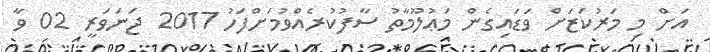
އަށް މި މަރުކަޒަށް ވަޑައިގެން މަޢުލޫމާތު ސާފުކުރެއްވުމަށްފަހު 2017 ޖަނަވަރީ 02 ވާ